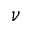
\nu